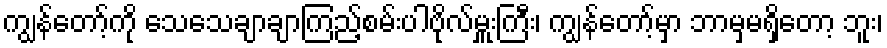
ကျွန်တော့်ကို သေသေချာချာကြည့်စမ်းပါဗိုလ်မှူးကြီး၊ ကျွန်တော့်မှာ ဘာမှမရှိတော့ ဘူး၊